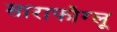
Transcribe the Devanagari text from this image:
साराफोग्लू